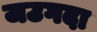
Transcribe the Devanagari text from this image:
जउगदा